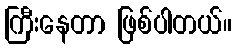
ကြီးနေတာ ဖြစ်ပါတယ်။